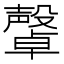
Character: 𣫜